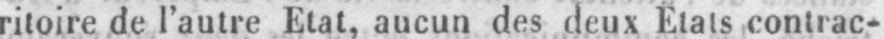
ritoire de l’autre Etat, aucun des deux Etats contrac-